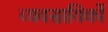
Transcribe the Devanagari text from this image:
व्यवसायिकों